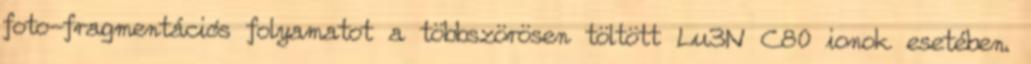
foto-fragmentációs folyamatot a többszörösen töltött Lu3N C80 ionok esetében.